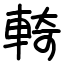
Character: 輢